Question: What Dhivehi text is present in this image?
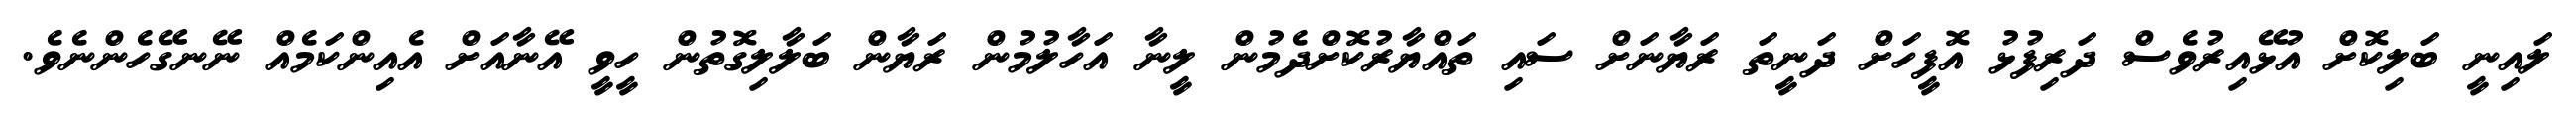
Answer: ލައިނީ ބަލިކޮށް އުޅޭއިރުވެސް ދަރިފުޅު އޮފީހަށް ދަނީތަ ރަޔާނަށް ސައި ތައްޔާރުކޮށްދެމުން ލީނާ އަހާލުމުން ރަޔާން ބަލާލިގޮތުން ހީވީ އޭނާއަށް އެއިންކަމެއް ނޭނގޭހެންނެވެ.